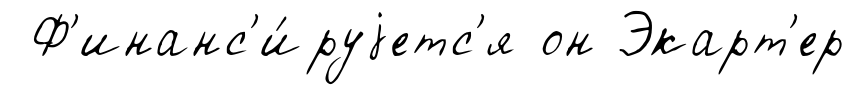
Ф'инанс'и́руjетс'я он Экарт'ер